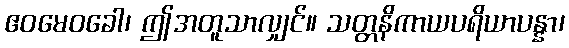
ဧဝမေဝခေါ၊ ဤအတူသာလျှင်။ သတ္တနိကာယပရိယာပန္နာ၊